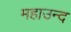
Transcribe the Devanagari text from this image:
महाउन्द